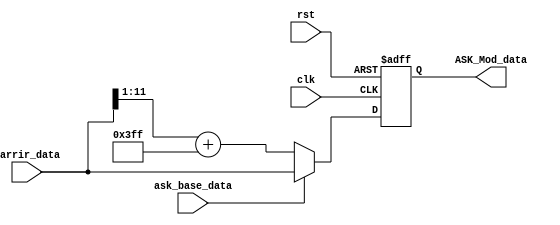
module ASK_Mod(
	input clk,
	input rst,
	input  [11:0]  carrir_data,		
	input   ask_base_data,	
	output [11:0]  ASK_Mod_data		
);

//

parameter BIAS = 12'd1023; // 

//wire [11:0] A_t;
//assign A_t = (ask_base_data>=12'd2047) ? (1'd1) : (1'd0);		


reg [11:0] ASK_data_reg;



always@(posedge clk or negedge rst)
begin
	if(!rst)
	begin
		ASK_data_reg <= 12'd0;
	end
	else begin
		if (ask_base_data) begin
        ASK_data_reg <= carrir_data;
  	    end else begin
    	ASK_data_reg <= (carrir_data>>1) + BIAS;
   	   end
	end
end



assign ASK_Mod_data = ASK_data_reg;















endmodule